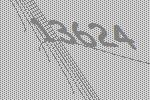
13624